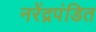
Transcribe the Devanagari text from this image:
नरेंद्रपंडित